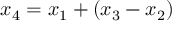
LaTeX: x _ { 4 } = x _ { 1 } + ( x _ { 3 } - x _ { 2 } )